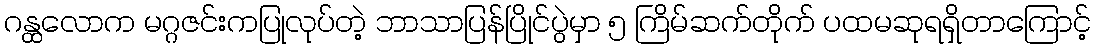
ဂန္ထလောက မဂ္ဂဇင်းကပြုလုပ်တဲ့ ဘာသာပြန်ပြိုင်ပွဲမှာ ၅ ကြိမ်ဆက်တိုက် ပထမဆုရရှိတာကြောင့်